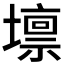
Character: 𡒄